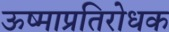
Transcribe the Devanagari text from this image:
ऊष्माप्रतिरोधक